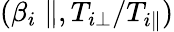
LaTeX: (\beta_{i}\parallel,T_{i\perp}/T_{i\parallel})